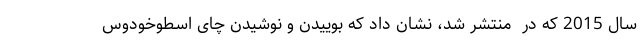
سال 2015 که در  منتشر شد، نشان داد که بوییدن و نوشیدن چای اسطوخودوس